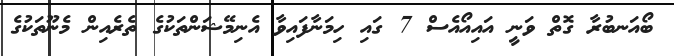
ބޯއަނބުރާ ގޮތް ވަނީ އައިއޯއެސް 7 ގައި ހިމަނާފައިވާ އެނިމޭޝަންތަކުގެ ތެރެއިން މެނޫތަކުގެ